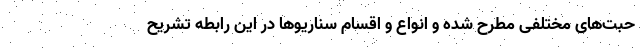
حبت‌های مختلفی مطرح شده و انواع و اقسام سناریوها در این رابطه تشریح